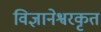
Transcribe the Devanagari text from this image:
विज्ञानेश्वरकृत